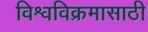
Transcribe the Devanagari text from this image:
विश्वविक्रमासाठी